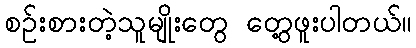
စဥ်းစားတဲ့သူမျိုးတွေ တွေ့ဖူးပါတယ်။